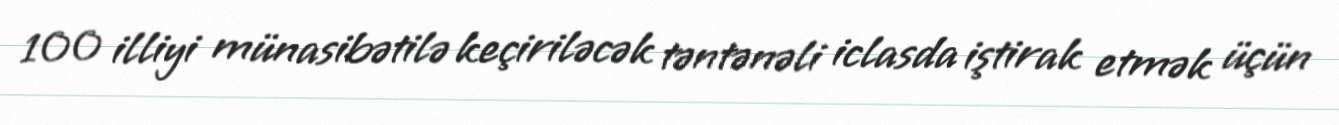
100 illiyi münasibətilə keçiriləcək təntənəli iclasda iştirak etmək üçün